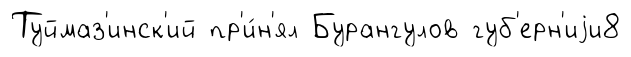
Туймаз'инск'ий пр'и́н'ял Бурангулов губ'ерн'иjи8